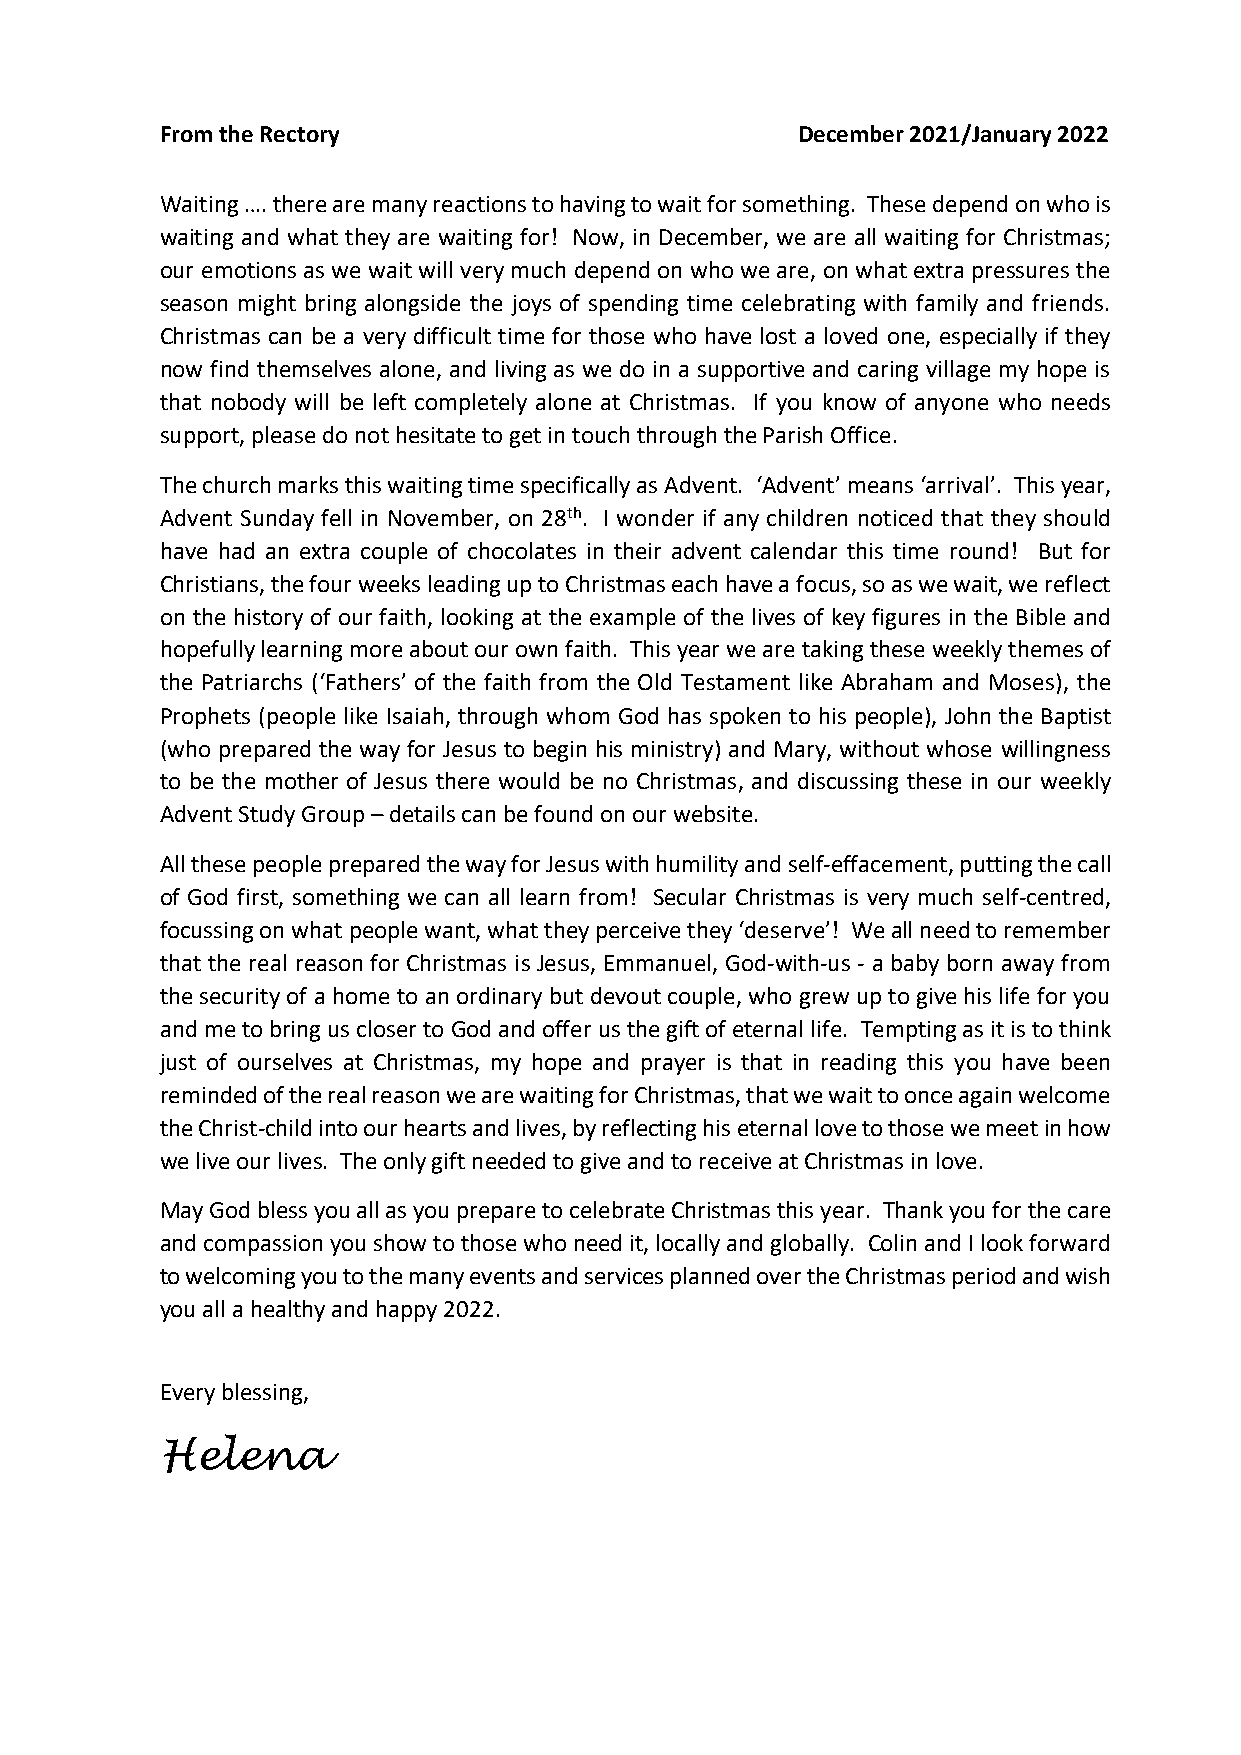
From the Rectory                          December 2021/January 2022
 Waiting …. there are many reactions to having to wait for something. These depend on who is
 waiting and what they are waiting for! Now, in December, we are all waiting for Christmas;
 our emotions as we wait will very much depend on who we are, on what extra pressures the
 season might bring alongside the joys of spending time celebrating with family and friends.
 Christmas can be a very difficult time for those who have lost a loved one, especially if they
 now find themselves alone, and living as we do in a supportive and caring village my hope is
 that nobody will be left completely alone at Christmas. If you know of anyone who needs
 support, please do not hesitate to get in touch through the Parish Office.
 The church marks this waiting time specifically as Advent. ‘Advent’ means ‘arrival’. This year,
 Advent Sunday fell in November, on 28th. I wonder if any children noticed that they should
 have had an extra couple of chocolates in their advent calendar this time round! But for
 Christians, the four weeks leading up to Christmas each have a focus, so as we wait, we reflect
 on the history of our faith, looking at the example of the lives of key figures in the Bible and
 hopefully learning more about our own faith. This year we are taking these weekly themes of
 the Patriarchs (‘Fathers’ of the faith from the Old Testament like Abraham and Moses), the
 Prophets (people like Isaiah, through whom God has spoken to his people), John the Baptist
 (who prepared the way for Jesus to begin his ministry) and Mary, without whose willingness
 to be the mother of Jesus there would be no Christmas, and discussing these in our weekly
 Advent Study Group – details can be found on our website.
 All these people prepared the way for Jesus with humility and self-effacement, putting the call
 of God first, something we can all learn from! Secular Christmas is very much self-centred,
 focussing on what people want, what they perceive they ‘deserve’! We all need to remember
 that the real reason for Christmas is Jesus, Emmanuel, God-with-us - a baby born away from
 the security of a home to an ordinary but devout couple, who grew up to give his life for you
 and me to bring us closer to God and offer us the gift of eternal life. Tempting as it is to think
 just of ourselves at Christmas, my hope and prayer is that in reading this you have been
 reminded of the real reason we are waiting for Christmas, that we wait to once again welcome
 the Christ-child into our hearts and lives, by reflecting his eternal love to those we meet in how
 we live our lives. The only gift needed to give and to receive at Christmas in love.
 May God bless you all as you prepare to celebrate Christmas this year. Thank you for the care
 and compassion you show to those who need it, locally and globally. Colin and I look forward
 to welcoming you to the many events and services planned over the Christmas period and wish
 you all a healthy and happy 2022.
 Every blessing,
 Helena